Indian journal of veterinary science and animal husbandry - Volumes 15-17, 1948-1951
Year: 1948
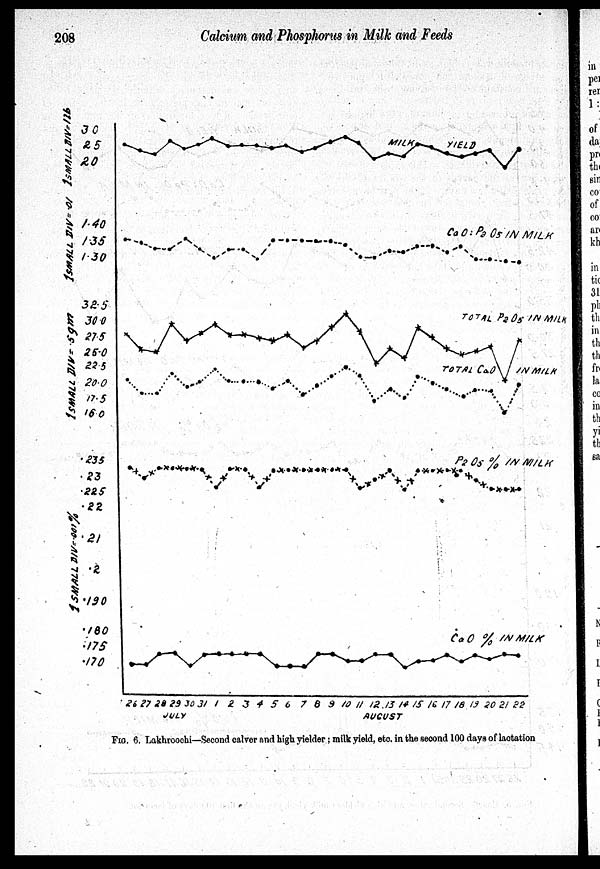
208
Calcium and Phosphorus in Milk and Feeds
FIG. 6. Lakhroochi—Second calver and high yielder; milk yield, etc. in the second 100 days of lactation